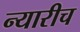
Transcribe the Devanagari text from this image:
न्यारीच